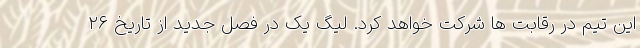
این تیم در رقابت ها شرکت خواهد کرد. لیگ یک در فصل جدید از تاریخ ۲۶